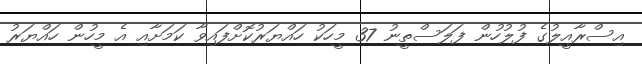
އިސްރާއީލުގެ ފުލުހުން ފަލަސްތީނު 37 މީހަކު ހައްޔަރުކޮށްފައިވާ ކަމަށާއި އެ މީހުން ހައްޔަރު